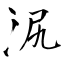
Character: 泦